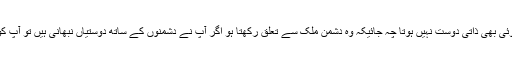
اسی طرح اس عہدے پر متمکن شخص کا کوئی بھی ذاتی دوست نہیں ہوتا چہ جائیکہ وہ دشمن ملک سے تعلق رکھتا ہو اگر آپ نے دشمنوں کے ساتھ دوستیاں نبھانی ہیں تو آپ کو اس عہدے پر رہنے کا کوئی حق نہیں ہے۔